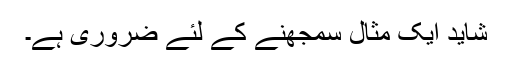
شاید ایک مثال سمجھنے کے لئے ضروری ہے۔